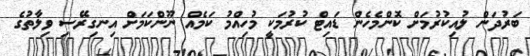
ބަރުދަން ލުއިކުރުމަށް ކޮންމެހެން ޑައިޓް ކުރުމަކީ މުހިއްމު ކަމެއް ނޫންކަމަށް އިނގިރޭސި ވިލާތުގެ